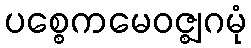
ပစ္စေကမေဝဇ္ဈဂမုံ